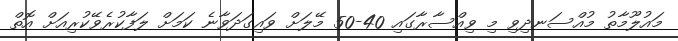
މައުލޫމާތު މުއްސަނދިވި މި ވިއްސާރާގައި 40-50 މޭލަށް ވައިގަދަވާނެ ކަމަށް ލަފާކުރެވޭކުރިއަށް އޮތް